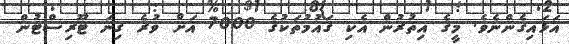
އަޅައިގެންނެވެ. މީގެ އިތުރުން އެކި ގައުމުތަކުގެ 7000 އަށް ވުރެ ގިނަ ޓޫރިސްޓުން